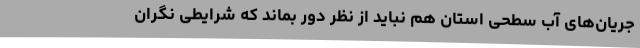
جریان‌های آب سطحی استان هم نباید از نظر دور بماند که شرایطی نگران